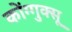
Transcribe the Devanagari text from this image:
कोंग्गुक्सू